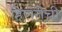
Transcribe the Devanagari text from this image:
हिणतेची